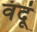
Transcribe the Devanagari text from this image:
वंदूं